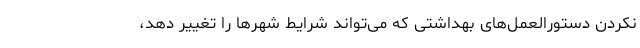
نکردن دستورالعمل‌های بهداشتی که می‌تواند شرایط شهر‌ها را تغییر دهد،